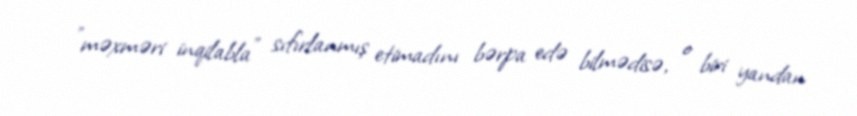
”məxməri inqilabla" sıfırlanmış etimadını bərpa edə bilmədisə, o biri yandan